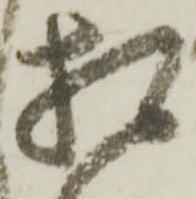
相